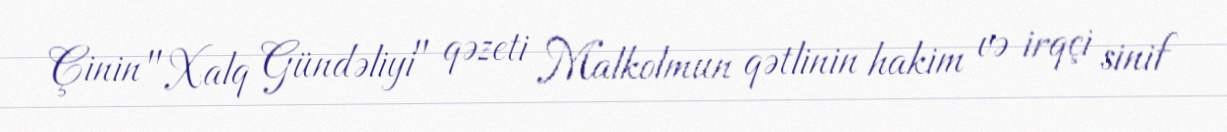
Çinin "Xalq Gündəliyi" qəzeti Malkolmun qətlinin hakim və irqçi sinif